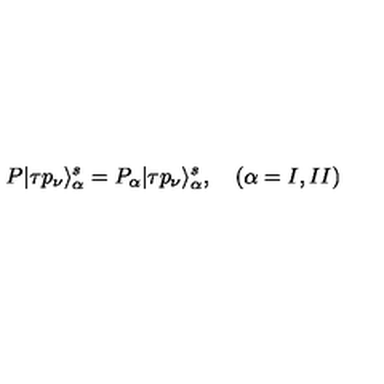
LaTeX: P | \tau p _ { \nu } \rangle _ { \alpha } ^ { s } = P _ { \alpha } | \tau p _ { \nu } \rangle _ { \alpha } ^ { s } , \quad ( \alpha = I , I I )